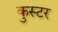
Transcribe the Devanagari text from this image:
कुस्टर